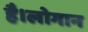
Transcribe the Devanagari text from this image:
है।लोगान